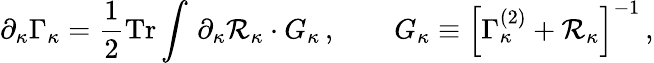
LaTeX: \partial_{\kappa}\Gamma_{\kappa}=\frac 12\mathrm{Tr}\int\, \partial_{\kappa}{\cal R}_{\kappa}\cdot G_{\kappa}\, ,\qquad G_{\kappa}\equiv\Big[\Gamma_{\kappa}^{(2)}+{\cal R}_{\kappa}\Big]^{-1}\, ,